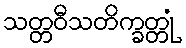
သတ္တဝီသတိက္ခတ္တုံ